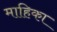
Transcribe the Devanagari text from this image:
माहिका